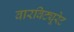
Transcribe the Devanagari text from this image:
वारविट्यूरेट